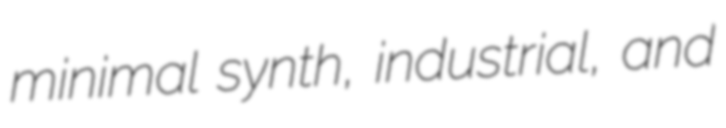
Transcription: minimal synth, industrial, and